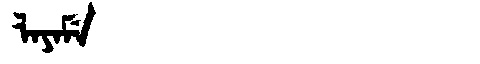
Manchu: ᠯᠠᠶᠠᠮᡝ
Romanization: LAYAME